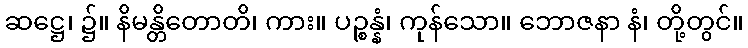
ဆဋ္ဌေ၊ ၌။ နိမန္တိတောတိ၊ ကား။ ပဉ္စန္နံ၊ ကုန်သော။ ဘောဇနာ နံ၊ တို့တွင်။